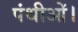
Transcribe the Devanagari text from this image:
पंथीओं।